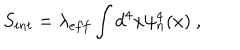
LaTeX: S _ { i n t } = \lambda _ { e f f } \int d ^ { 4 } x \psi _ { n } ^ { 4 } ( x ) ~ ,